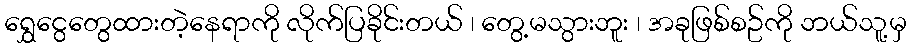
ရွှေငွေတွေထားတဲ့နေရာကို လိုက်ပြခိုင်းတယ် ၊ တွေ့မသွားဘူး ၊ အခုဖြစ်စဥ်ကို ဘယ်သူ့မှ